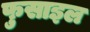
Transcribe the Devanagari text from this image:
फुसाइल